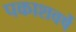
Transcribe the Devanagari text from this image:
पकाशवर्षे